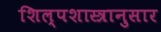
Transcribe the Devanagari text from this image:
शिल्पशास्त्रानुसार